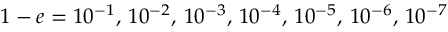
1 - e = 1 0 ^ { - 1 } , \, 1 0 ^ { - 2 } , \, 1 0 ^ { - 3 } , \, 1 0 ^ { - 4 } , \, 1 0 ^ { - 5 } , \, 1 0 ^ { - 6 } , \, 1 0 ^ { - 7 }